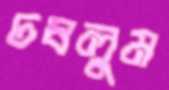
চষলুম